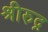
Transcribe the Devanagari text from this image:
श्रीरुद्र